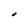
Character: O